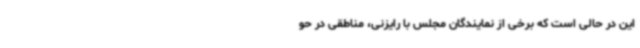
این در حالی است که برخی از نمایندگان مجلس با رایزنی، مناطقی در حو